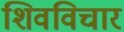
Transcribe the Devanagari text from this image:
शिवविचार